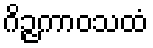
ဂိဉ္ဇကာဝသထံ